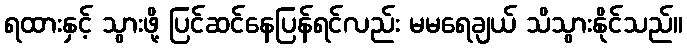
ရထားနှင့် သွားဖို့ ပြင်ဆင်နေပြန်ရင်လည်း မမရေချယ် သိသွားနိုင်သည်။